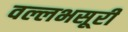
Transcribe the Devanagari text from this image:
वल्लभसूरी